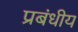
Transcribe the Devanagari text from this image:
प्रबंधीय